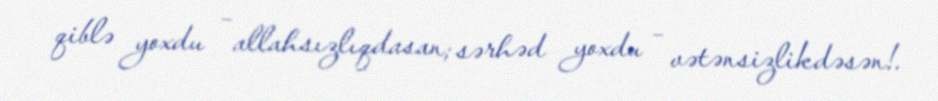
qiblə yoxdu – allahsızlıqdasan; sərhəd yoxdu – vətənsizlikdəsən!.